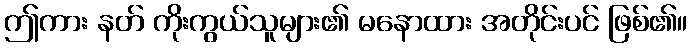
ဤကား နတ် ကိုးကွယ်သူများ၏ မနောထား အတိုင်းပင် ဖြစ်၏။